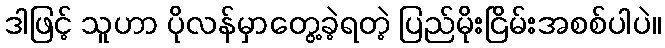
ဒါဖြင့် သူဟာ ပိုလန်မှာတွေ့ခဲ့ရတဲ့ ပြည်မိုးငြိမ်းအစစ်ပါပဲ။